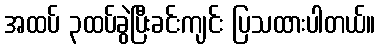
အထပ် ၃ထပ်ခွဲပြီးခင်းကျင်း ပြသထားပါတယ်။